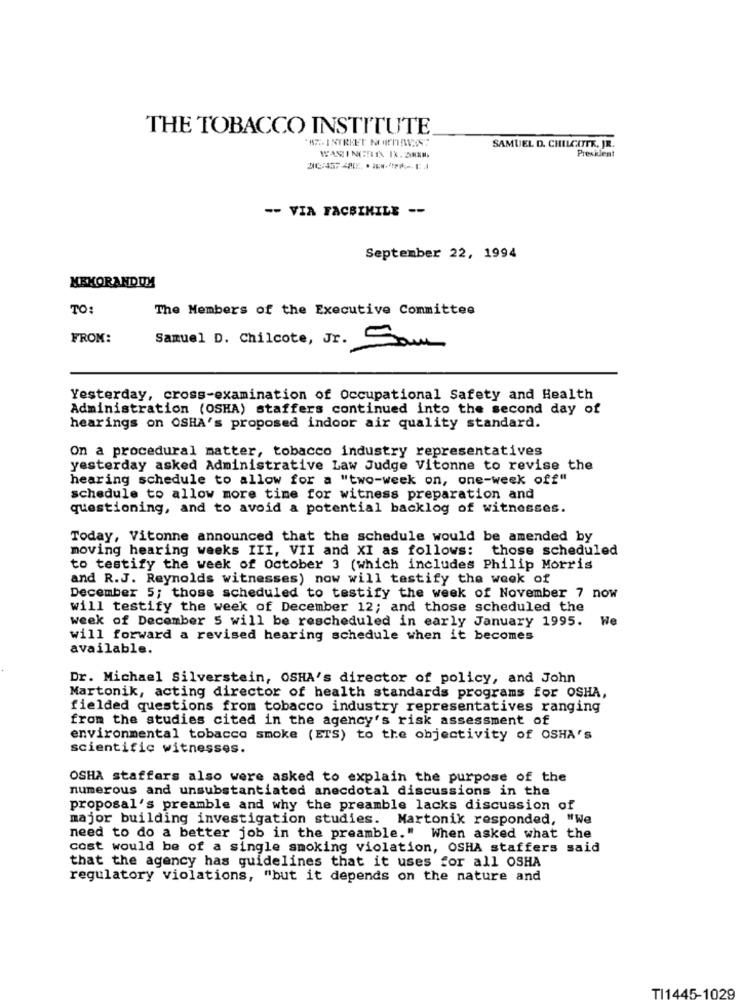
THE TOBACCO INSTITUTE
SAMUEL D. CHILCOTE, JR.
President
-- VIA FACSIMILE --
September 22, 1994
MEMORANDUM
TO:
The Members of the Executive Committee
FROM:
Samuel D. Chilcote, Jr. Sam
Yesterday, cross-examination of Occupational Safety and Health
Administration (OSHA) staffers continued into the second day of
hearings on OSHA's proposed indoor air quality standard.
On a procedural matter, tobacco industry representatives
yesterday asked Administrative Law Judge Vitonne to revise the
hearing schedule to allow for a "two-week on, one-week off"
schedule to allow more time for witness preparation and
questioning, and to avoid a potential backlog of witnesses.
Today, Vitonne announced that the schedule would be amended by
moving hearing weeks III, VII and XI as follows: those scheduled
to testify the week of October 3 (which includes Philip Morris
and R.J. Reynolds witnesses) now will testify the week of
December 5; those scheduled to testify the week of November 7 now
will testify the week of December 12; and those scheduled the
week of December 5 will be rescheduled in early January 1995. W
will forward a revised hearing schedule when it becomes
available.
Dr. Michael Silverstein, OSHA's director of policy, and John
Martonik, acting director of health standards programs for OSHA,
fielded questions from tobacco industry representatives ranging
from the studies cited in the agency's risk assessment of
environmental tobacco smoke (ETS) to the objectivity of OSHA'S
scientific witnesses.
OSHA staffers also were asked to explain the purpose of the
numerous and unsubstantiated anecdotal discussions in the
proposal's preamble and why the preamble lacks discussion of
major building investigation studies. Martonik responded, "We
need to do a better job in the preamble." When asked what the
cost would be of a single smoking violation, OSHA staffers said
that the agency has guidelines that it uses for all OSHA
regulatory violations, "but it depends on the nature and
TI1445-1029